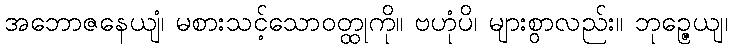
အဘောဇနေယျံ၊ မစားသင့်သောဝတ္ထုကို။ ဗဟုံပိ၊ များစွာလည်း။ ဘုဉ္ဇေယျ၊